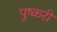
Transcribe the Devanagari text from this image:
पुष्करी